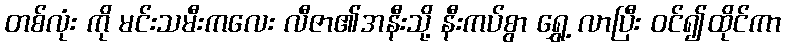
တစ်လုံး ကို မင်းသမီးကလေး လီဇာ၏အနီးသို့ နီးကပ်စွာ ရွှေ့ လာပြီး ဝင်၍ထိုင်ကာ